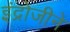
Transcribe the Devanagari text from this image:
इंद्रोजीने